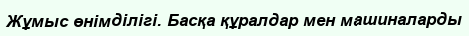
Жұмыс өнімділігі. Басқа құралдар мен машиналарды